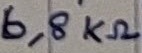
Text: 6,8KΩ